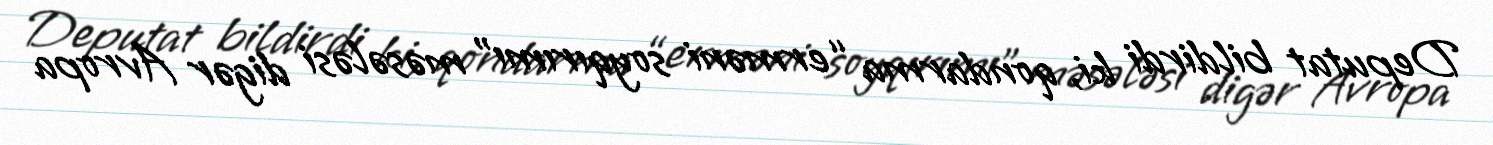
Deputat bildirdi ki, qondarma “erməni soyqırımı” məsələsi digər Avropa